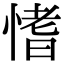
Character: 愭